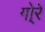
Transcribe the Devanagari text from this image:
गो्रे